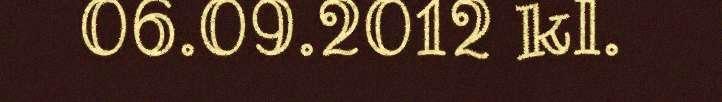
06.09.2012 kl.